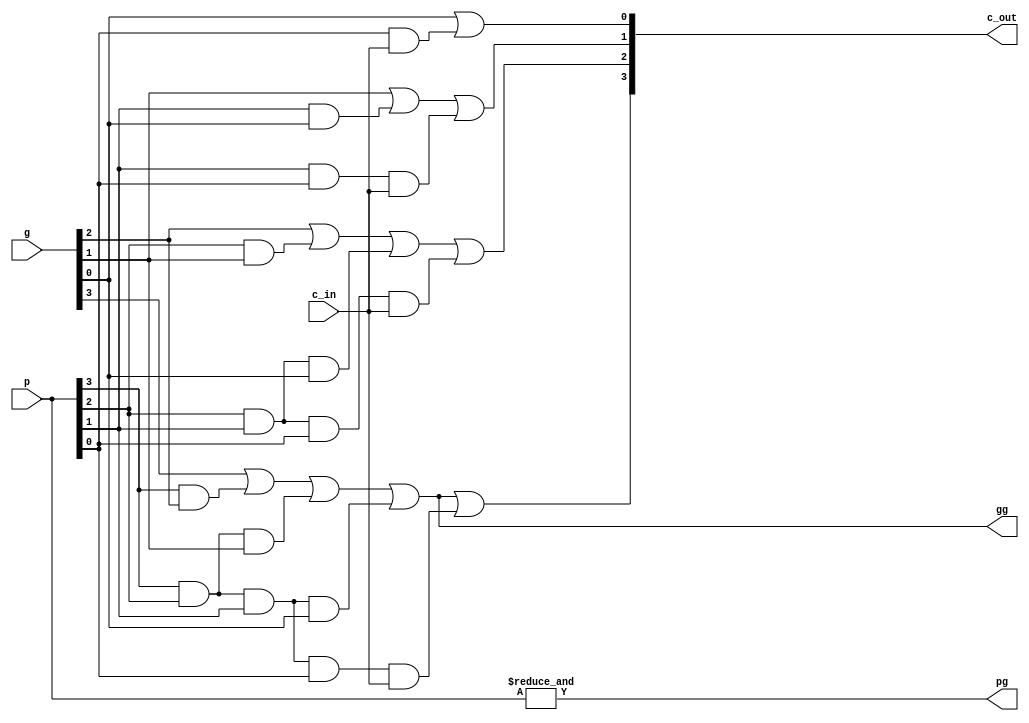
module cla_logic (
    p        ,
    g        ,
    c_in     ,
    pg       ,
    gg       ,
    c_out
);

  input  [3:0] p    ;
  input  [3:0] g    ;
  input        c_in ;
  output       pg   ;
  output       gg   ;
  output [3:0] c_out;

  assign pg = &p;
  assign gg = g[3] | (p[3] & g[2]) | (p[3] & p[2] & g[1]) | (p[3] & p[2] & p[1] & g[0]);

  assign c_out[0]    = g[0] | (p[0] & c_in);
  assign c_out[1]    = g[1] | (p[1] & g[0]) | (p[1] & p[0] & c_in);
  assign c_out[2]    = g[2] | (p[2] & g[1]) | (p[2] & p[1] & g[0]) | (p[2] & p[1] & p[0] & c_in);
  assign c_out[3]    = g[3] | (p[3] & g[2]) | (p[3] & p[2] & g[1]) | (p[3] & p[2] & p[1] & g[0]) | (p[3] & p[2] & p[1] & p[0] & c_in);

endmodule